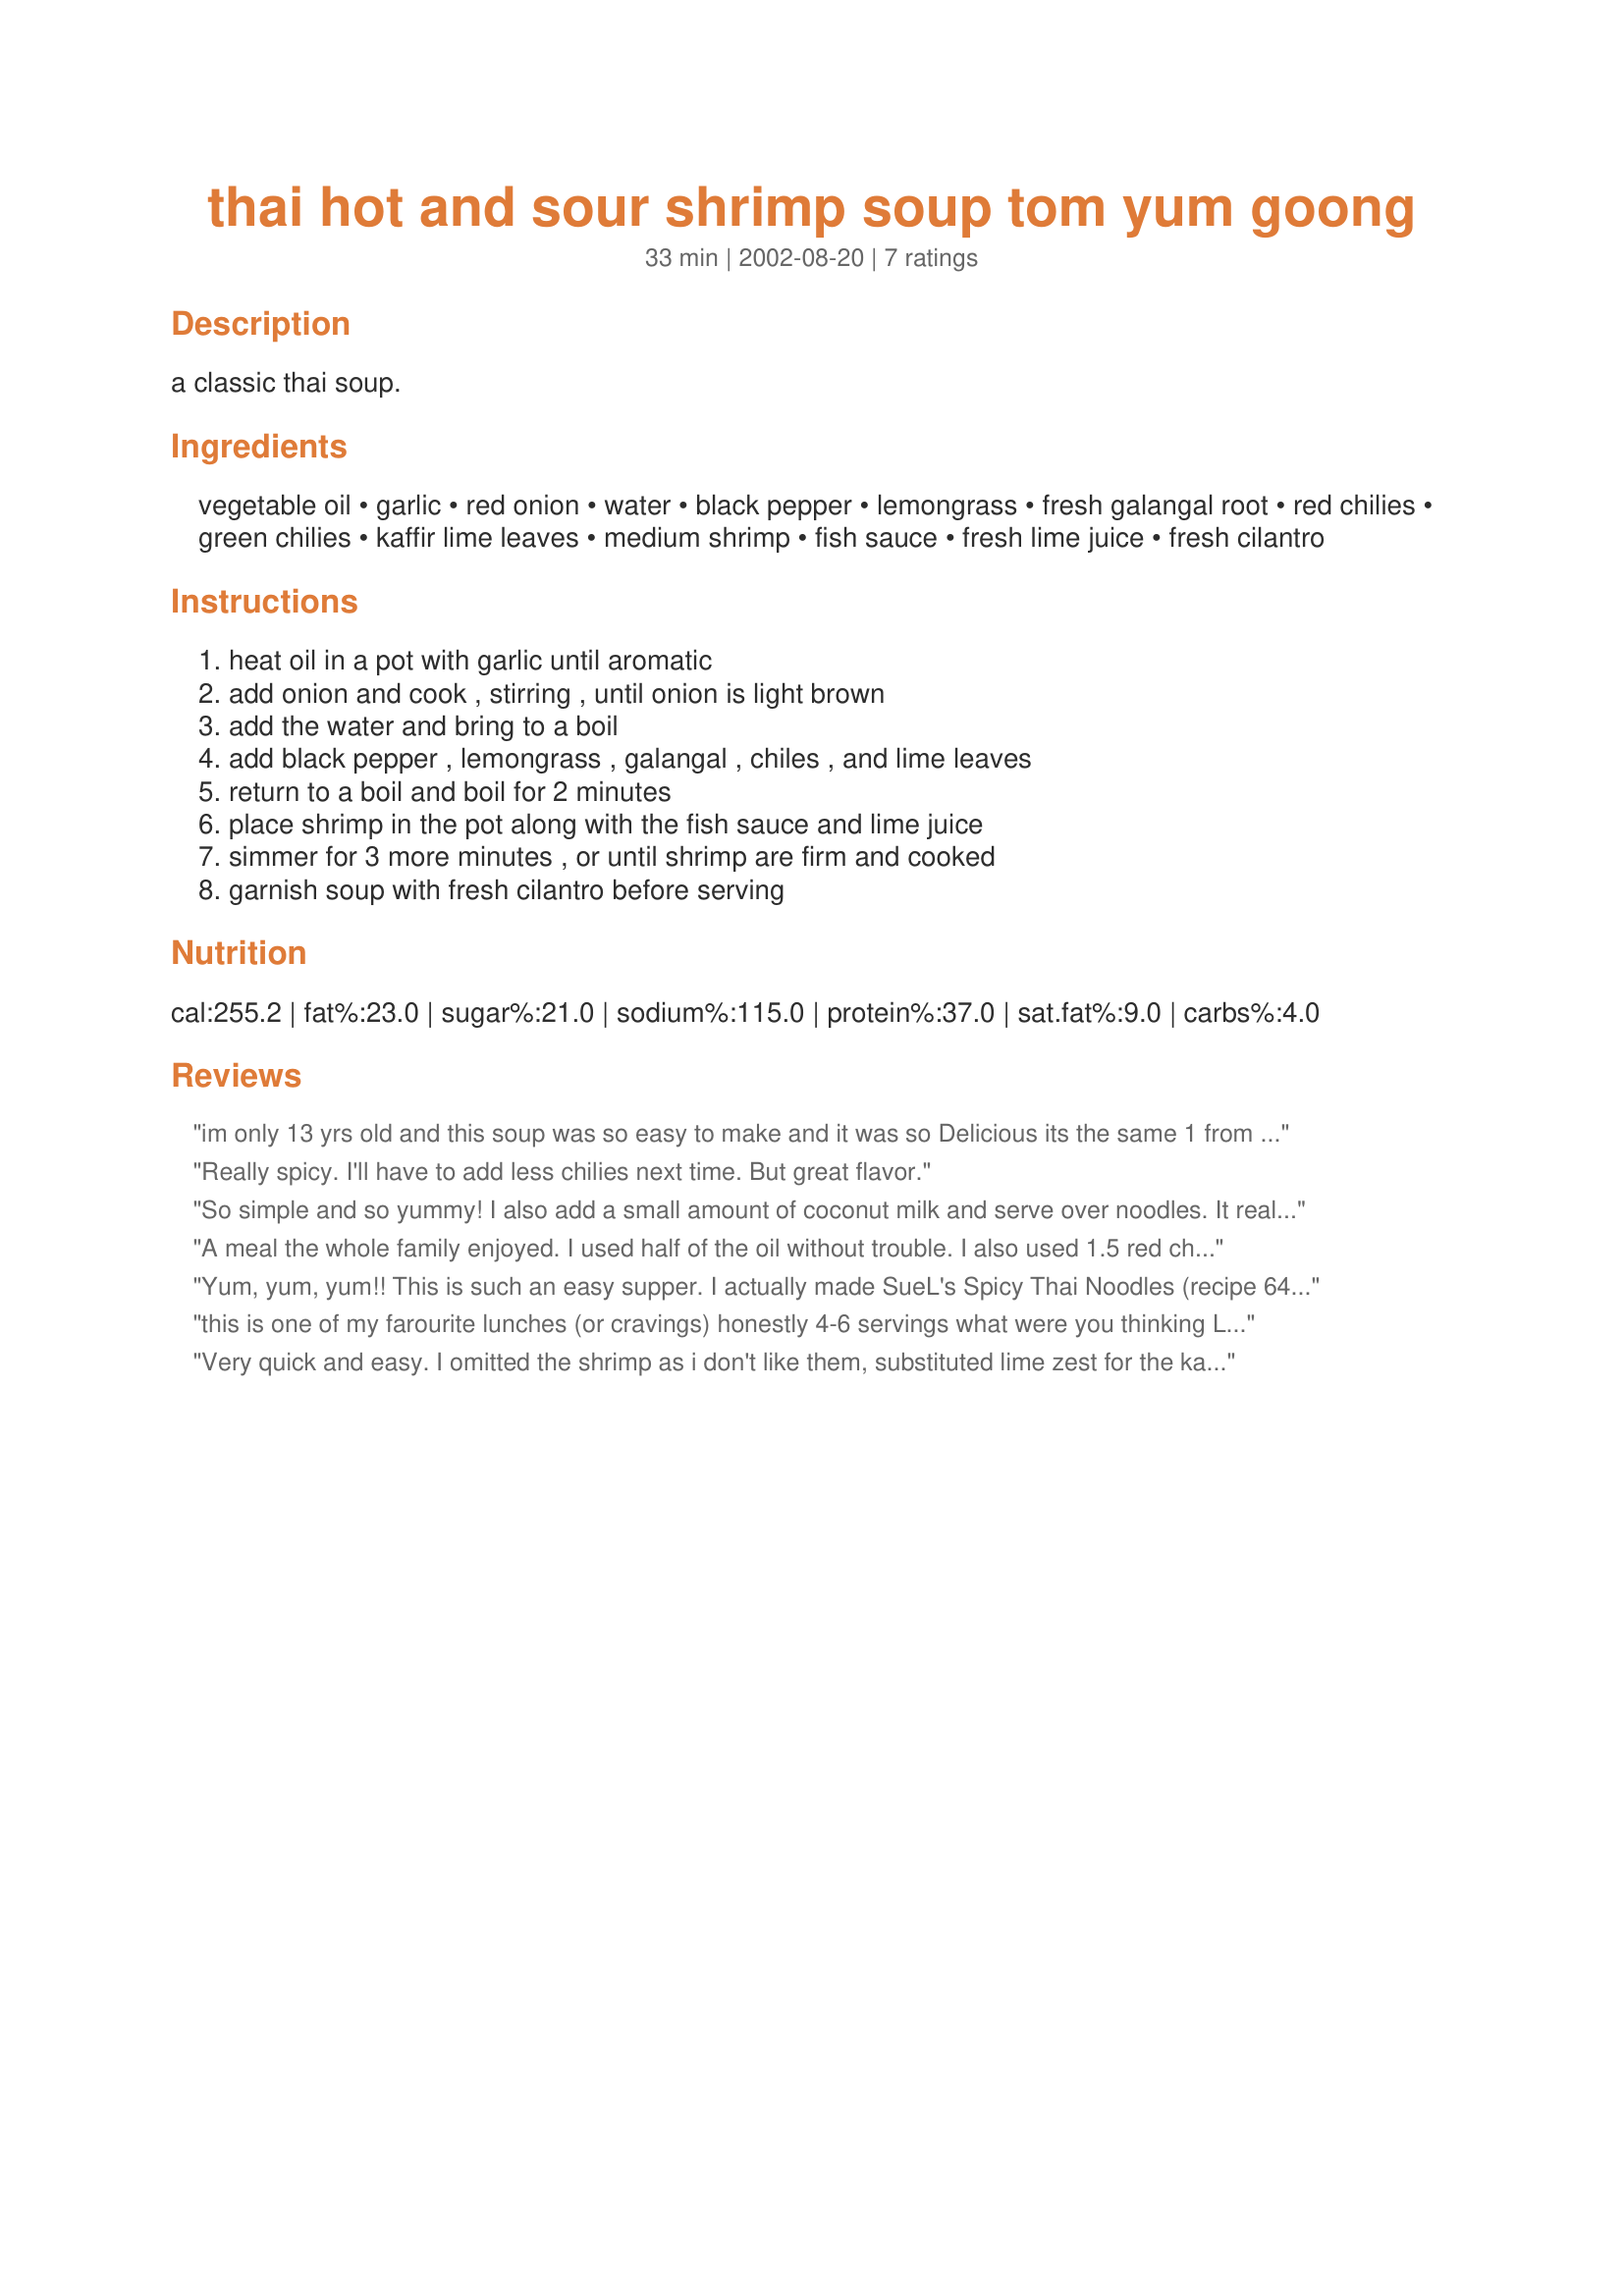
thai hot and sour shrimp soup tom yum goong
Preparation time: 33 minutes

a classic thai soup.

Ingredients:
vegetable oil, garlic, red onion, water, black pepper, lemongrass, fresh galangal root, red chilies, green chilies, kaffir lime leaves, medium shrimp, fish sauce, fresh lime juice, fresh cilantro

Steps:
heat oil in a pot with garlic until aromatic, add onion and cook , stirring , until onion is light brown, add the water and bring to a boil, add black pepper , lemongrass , galangal , chiles , and lime leaves, return to a boil and boil for 2 minutes, place shrimp in the pot along with the fish sauce and lime juice, simmer for 3 more minutes , or until shrimp are firm and cooked, garnish soup with fresh cilantro before serving

Reviews:
im only 13 yrs old and this soup was so easy to make and it was so Delicious its the same 1 from thai diamond BBQ i recomand u to make this.
Really spicy. I'll have to add less chilies next time. But great flavor.
So simple and so yummy! I also add a small amount of coconut milk and serve over noodles. It really is delicious. Thanks for a great recipe.
A meal the whole family enjoyed. I used half of the oil without trouble. I also used 1.5 red chilies (didn't have green) and it was spicy enough for us--cleared the sinuses. Lovely flavors and I agree it makes a nice light meal.
Yum, yum, yum!! This is such an easy supper. I actually made SueL's Spicy Thai Noodles (recipe 64290) to go with this soup, but I think it could be a light meal on its own. I have to admit I was a bit worried about halfway through cooking the soup as it didn't seem to have much flavour, but the fish sauce and cilantro really brought it to life. I also added a few frozen peas. Thanks Sue!!
this is one of my farourite lunches (or cravings) honestly 4-6 servings what were you thinking LOL I can eat the whole thing myself all in one go. Of course I dont move much after that. But what can I say its just too good to share :-)
Very quick and easy. I omitted the shrimp as i don't like them, substituted lime zest for the kaffir lime leaves, added a splash of coconut milk, and used only half of a red chili and it was still really spicy. Tasted exactly like the soup at my favourite Thai restaurant.

thank you for sharing
** I forgot to note that i added fresh sliced mushrooms and let them cook very briefly before serving.
